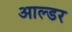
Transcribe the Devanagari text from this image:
आल्डर